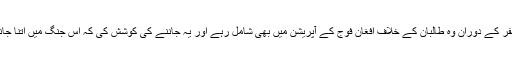
شہزاد نے مزید بتایا اس سفر کے دوران وہ طالبان کے خلاف افغان فوج کے آپریشن میں بھی شامل رہے اور یہ جاننے کی کوشش کی کہ اس جنگ میں اتنا جانی نقصان کیوں ہو رہا ہے۔